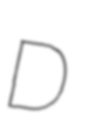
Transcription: D